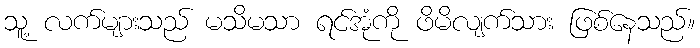
သူ့ လက်များသည် မသိမသာ ရင်အုံကို ဖိမိလျက်သား ဖြစ်နေသည်။